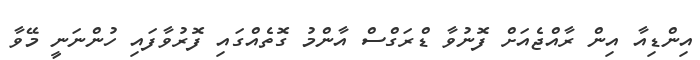
އިންޑިއާ އިން ރާއްޖެއަށް ފޮނުވާ ޑްރަގްސް އާންމު ގޮތެއްގައި ފޮރުވާފައި ހުންނަނީ މޭވާ